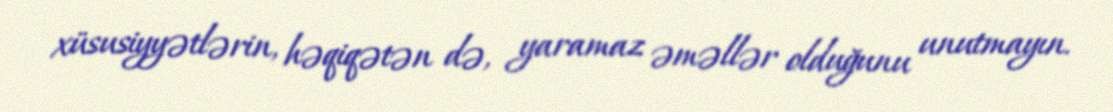
xüsusiyyətlərin, həqiqətən də, yaramaz əməllər olduğunu unutmayın.